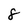
Character: 8